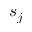
s _ { j }